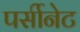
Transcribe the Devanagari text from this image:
पर्सीनेट